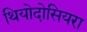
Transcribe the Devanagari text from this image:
थियोदोसियरा